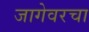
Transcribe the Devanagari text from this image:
जागेवरचा